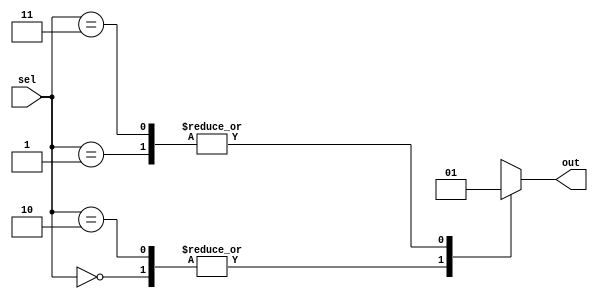
module parallel_case_statement (
    input wire [1:0] sel,
    output reg out
);

    always @* begin
        case (sel)
            2'b00: out = 1'b0;
            2'b01: out = 1'b1;
            2'b10: out = 1'b0;
            2'b11: out = 1'b1;
            default: out = 1'bx; // 'x' represents unknown value
        endcase
    end

endmodule